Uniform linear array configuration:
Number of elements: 32
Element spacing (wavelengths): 1
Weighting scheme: hann
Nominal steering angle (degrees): -60
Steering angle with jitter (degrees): -58.752
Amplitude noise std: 0.05
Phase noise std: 0.05

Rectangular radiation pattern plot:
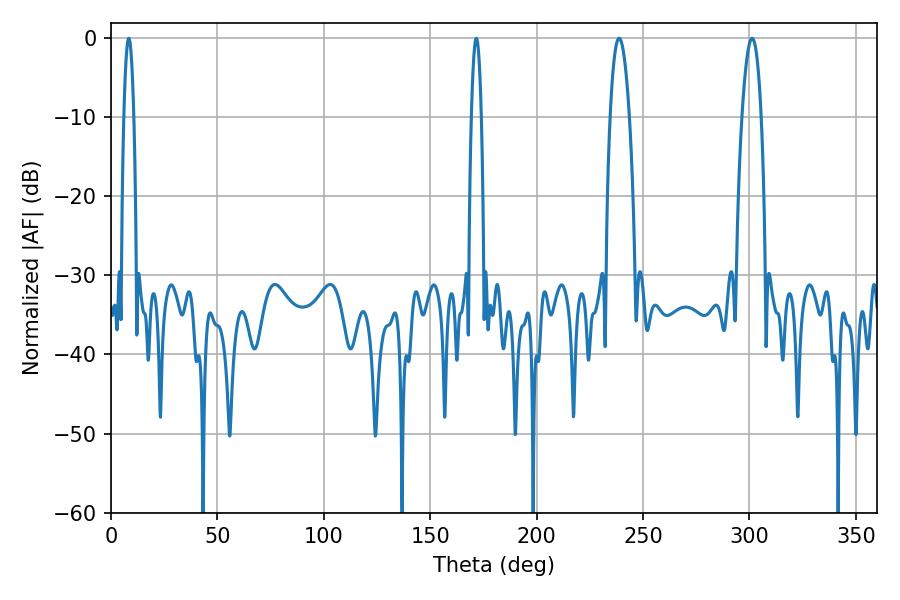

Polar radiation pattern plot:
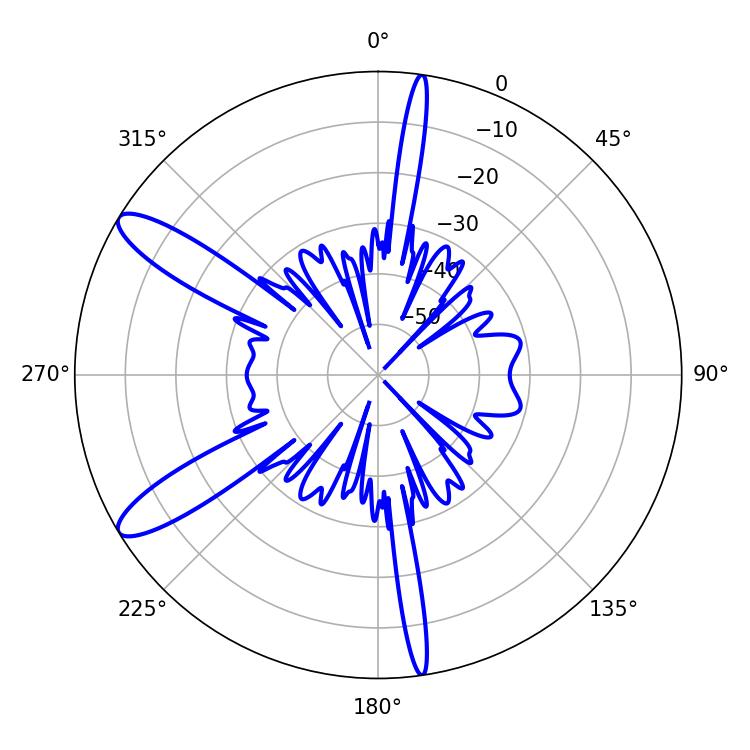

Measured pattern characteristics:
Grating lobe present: TRUE
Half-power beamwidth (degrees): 5.04
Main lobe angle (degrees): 238.68